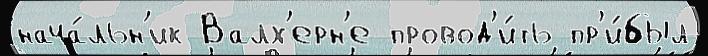
нача́льн'ик Валх'ерн'е провод'и́ть пр'и́был